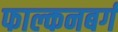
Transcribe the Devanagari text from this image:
फाल्कनबर्ग